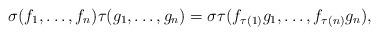
LaTeX: \begin{align*}\sigma (f_1,\ldots,f_n)\tau (g_1,\ldots,g_n)=\sigma\tau(f_{\tau(1)}g_1,\ldots,f_{\tau(n)}g_n),\end{align*}